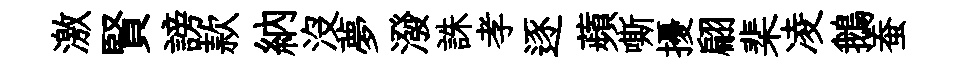
激賢謗款納沒夢潑誅孝逐蘋嘶擾翩棐凌鵝蚕